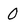
Character: 0